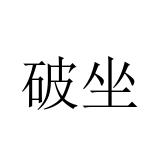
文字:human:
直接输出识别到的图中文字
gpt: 破坐